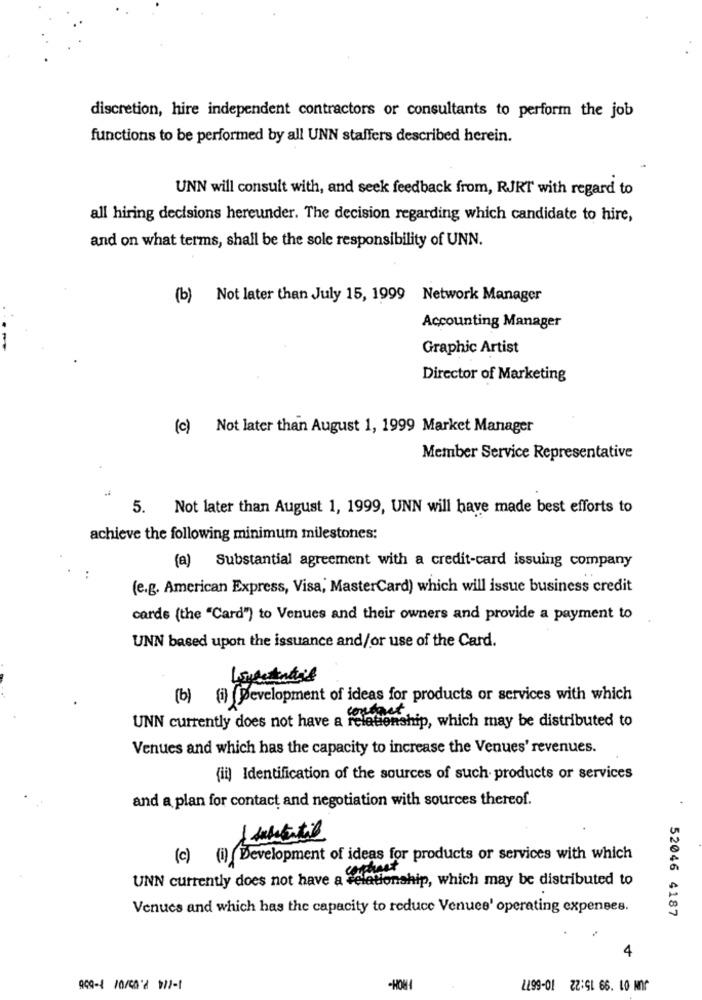
discretion, hire independent contractors or consultants to perform the job
functions to be performed by all UNN staffers described herein.
UNN will consult with, and seek feedback from, RJRT with regard to
all hiring decisions hereunder. The decision regarding which candidate to hire,
and on what terms, shall be the sole responsibility of UNN.
(b) Not later than July 15, 1999 Network Manager
Accounting Manager
Graphic Artist
Director of Marketing
(c) Not later than August 1, 1999 Market Manager
Member Service Representative
5.
Not later than August 1, 1999, UNN will have made best efforts to
achieve the following minimum milestones:
(a) Substantial agreement with a credit-card issuing company
..
(e.g. American Express, Visa, MasterCard) which will issue business credit
cards (the "Card") to Venues and their owners and provide a payment to
UNN based upon the issuance and/or use of the Card.
(b) (i) Development of ideas for products or services with which
UNN currently does not have a relationship, which may be distributed to
Venues and which has the capacity to increase the Venues' revenues.
(ii) Identification of the sources of such products or services
and a plan for contact and negotiation with sources thereof.
(c) (i) Development of ideas for products or services with which
phaet
UNN currently does not have a relationship, which may be distributed to
Venues and which has the capacity to reduce Venuee' operating expenses.
52046 4187
4
2199-01 ZZ:91 66. 10 Mn